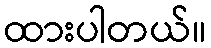
ထားပါတယ်။